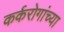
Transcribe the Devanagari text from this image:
कर्करोगांच्या